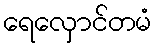
ရေလှောင်တမံ